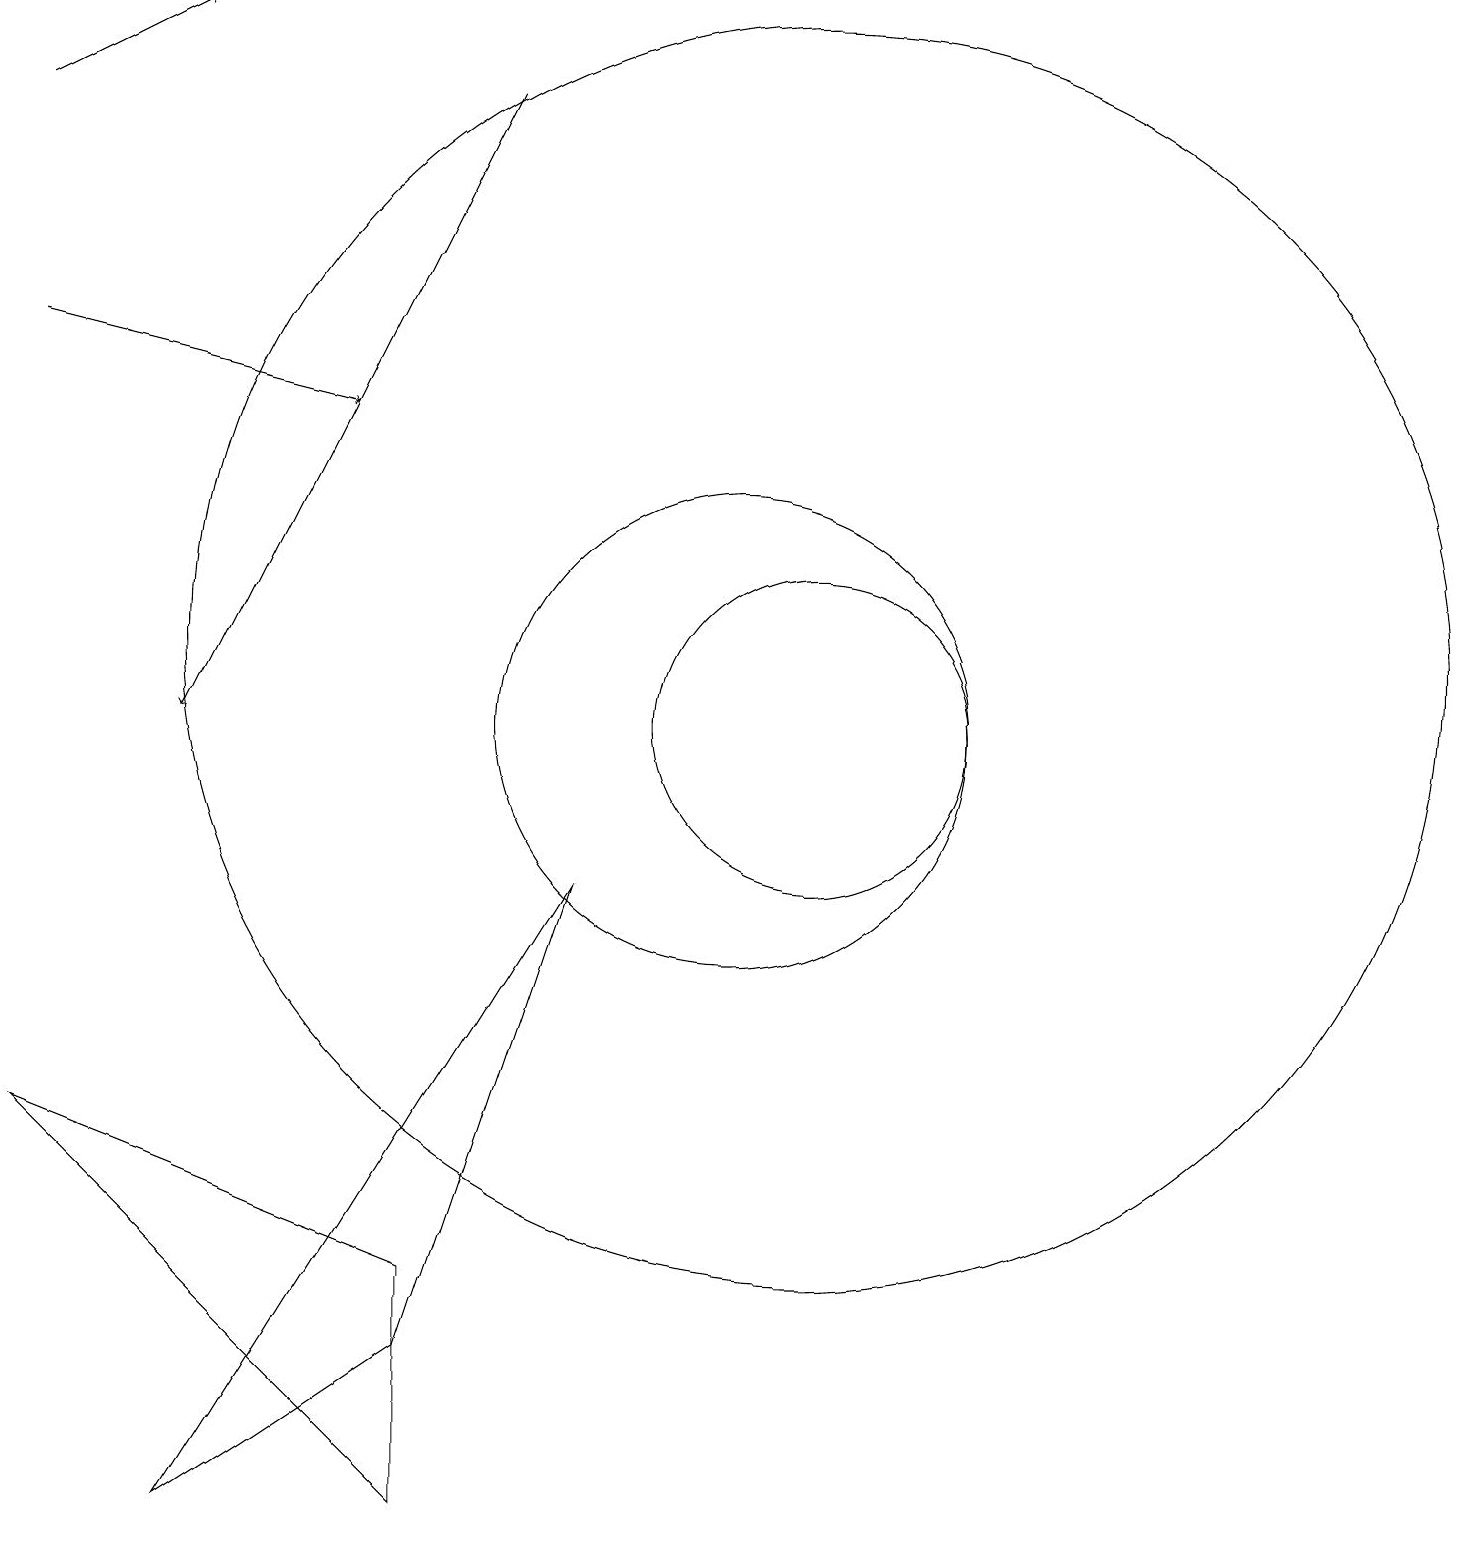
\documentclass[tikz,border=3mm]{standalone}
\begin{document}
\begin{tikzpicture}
\draw (6,0) -- (6,3) -- (1,5) -- cycle;
\draw (10,10) circle (3);
\draw (11,10) circle (2);
\draw[->] (7,18) -- (3,10);
\draw (11,11) circle (8);
\draw (8,8) -- (3,0) -- (6,2) -- cycle;
\draw[->] (1,15) -- (5,14);
\draw[->] (1,18) -- (3,19);
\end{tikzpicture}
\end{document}